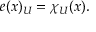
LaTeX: e ( x ) _ { U } = \chi _ { U } ( x ) .